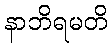
နာဘိရမတိ